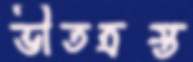
ভীতত্রস্ত